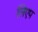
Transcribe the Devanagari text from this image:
लिएप